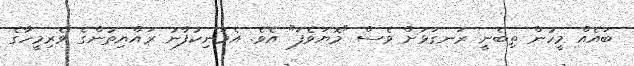
ބައެއް މީހުން ތިބެނީ ރަނގަޅަށް ވެސް "މޮޔަވެފަ" އެވެ. އެމަނިކުފާނު ރައްޔިތުންގެ ވެރިމީހާގެ